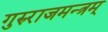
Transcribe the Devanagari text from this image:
गुरुराजमन्त्रम्